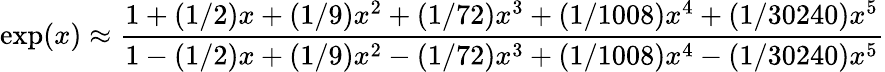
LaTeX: \exp(x)\approx{\frac{1+(1/2)x+(1/9)x^{2}+(1/72)x^{3}+(1/1008)x^{4}+(1/30240)x^{5}}{1-(1/2)x+(1/9)x^{2}-(1/72)x^{3}+(1/1008)x^{4}-(1/30240)x^{5}}}